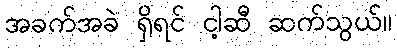
အခက်အခဲ ရှိရင် ငါ့ဆီ ဆက်သွယ်။